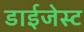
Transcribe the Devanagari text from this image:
डाईजेस्ट